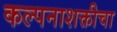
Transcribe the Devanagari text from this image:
कल्पनाशक्तीचा